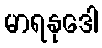
မာရနုဒေါ